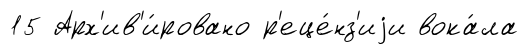
15 Арх'ив'и́ровано р'еце́нз'иjи вока́ла